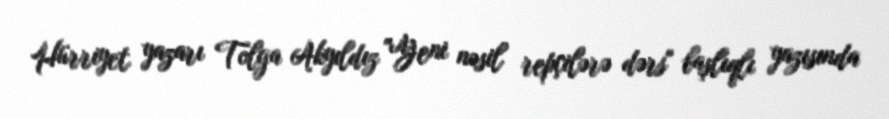
Hürriyet yazarı Tolga Akyıldız "Yeni nəsil repçilərə dərs" başlıqlı yazısında